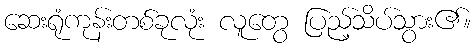
ဆေးရုံကုန်းတစ်ခုလုံး လူတွေ ပြည့်သိပ်သွား၏။